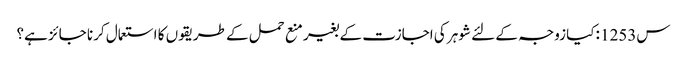
س1253 :کیا زوجہ کے لئے شوہر کی اجازت کے بغیر منع حمل کے طریقوں کا استعمال کرنا جائز ہے؟